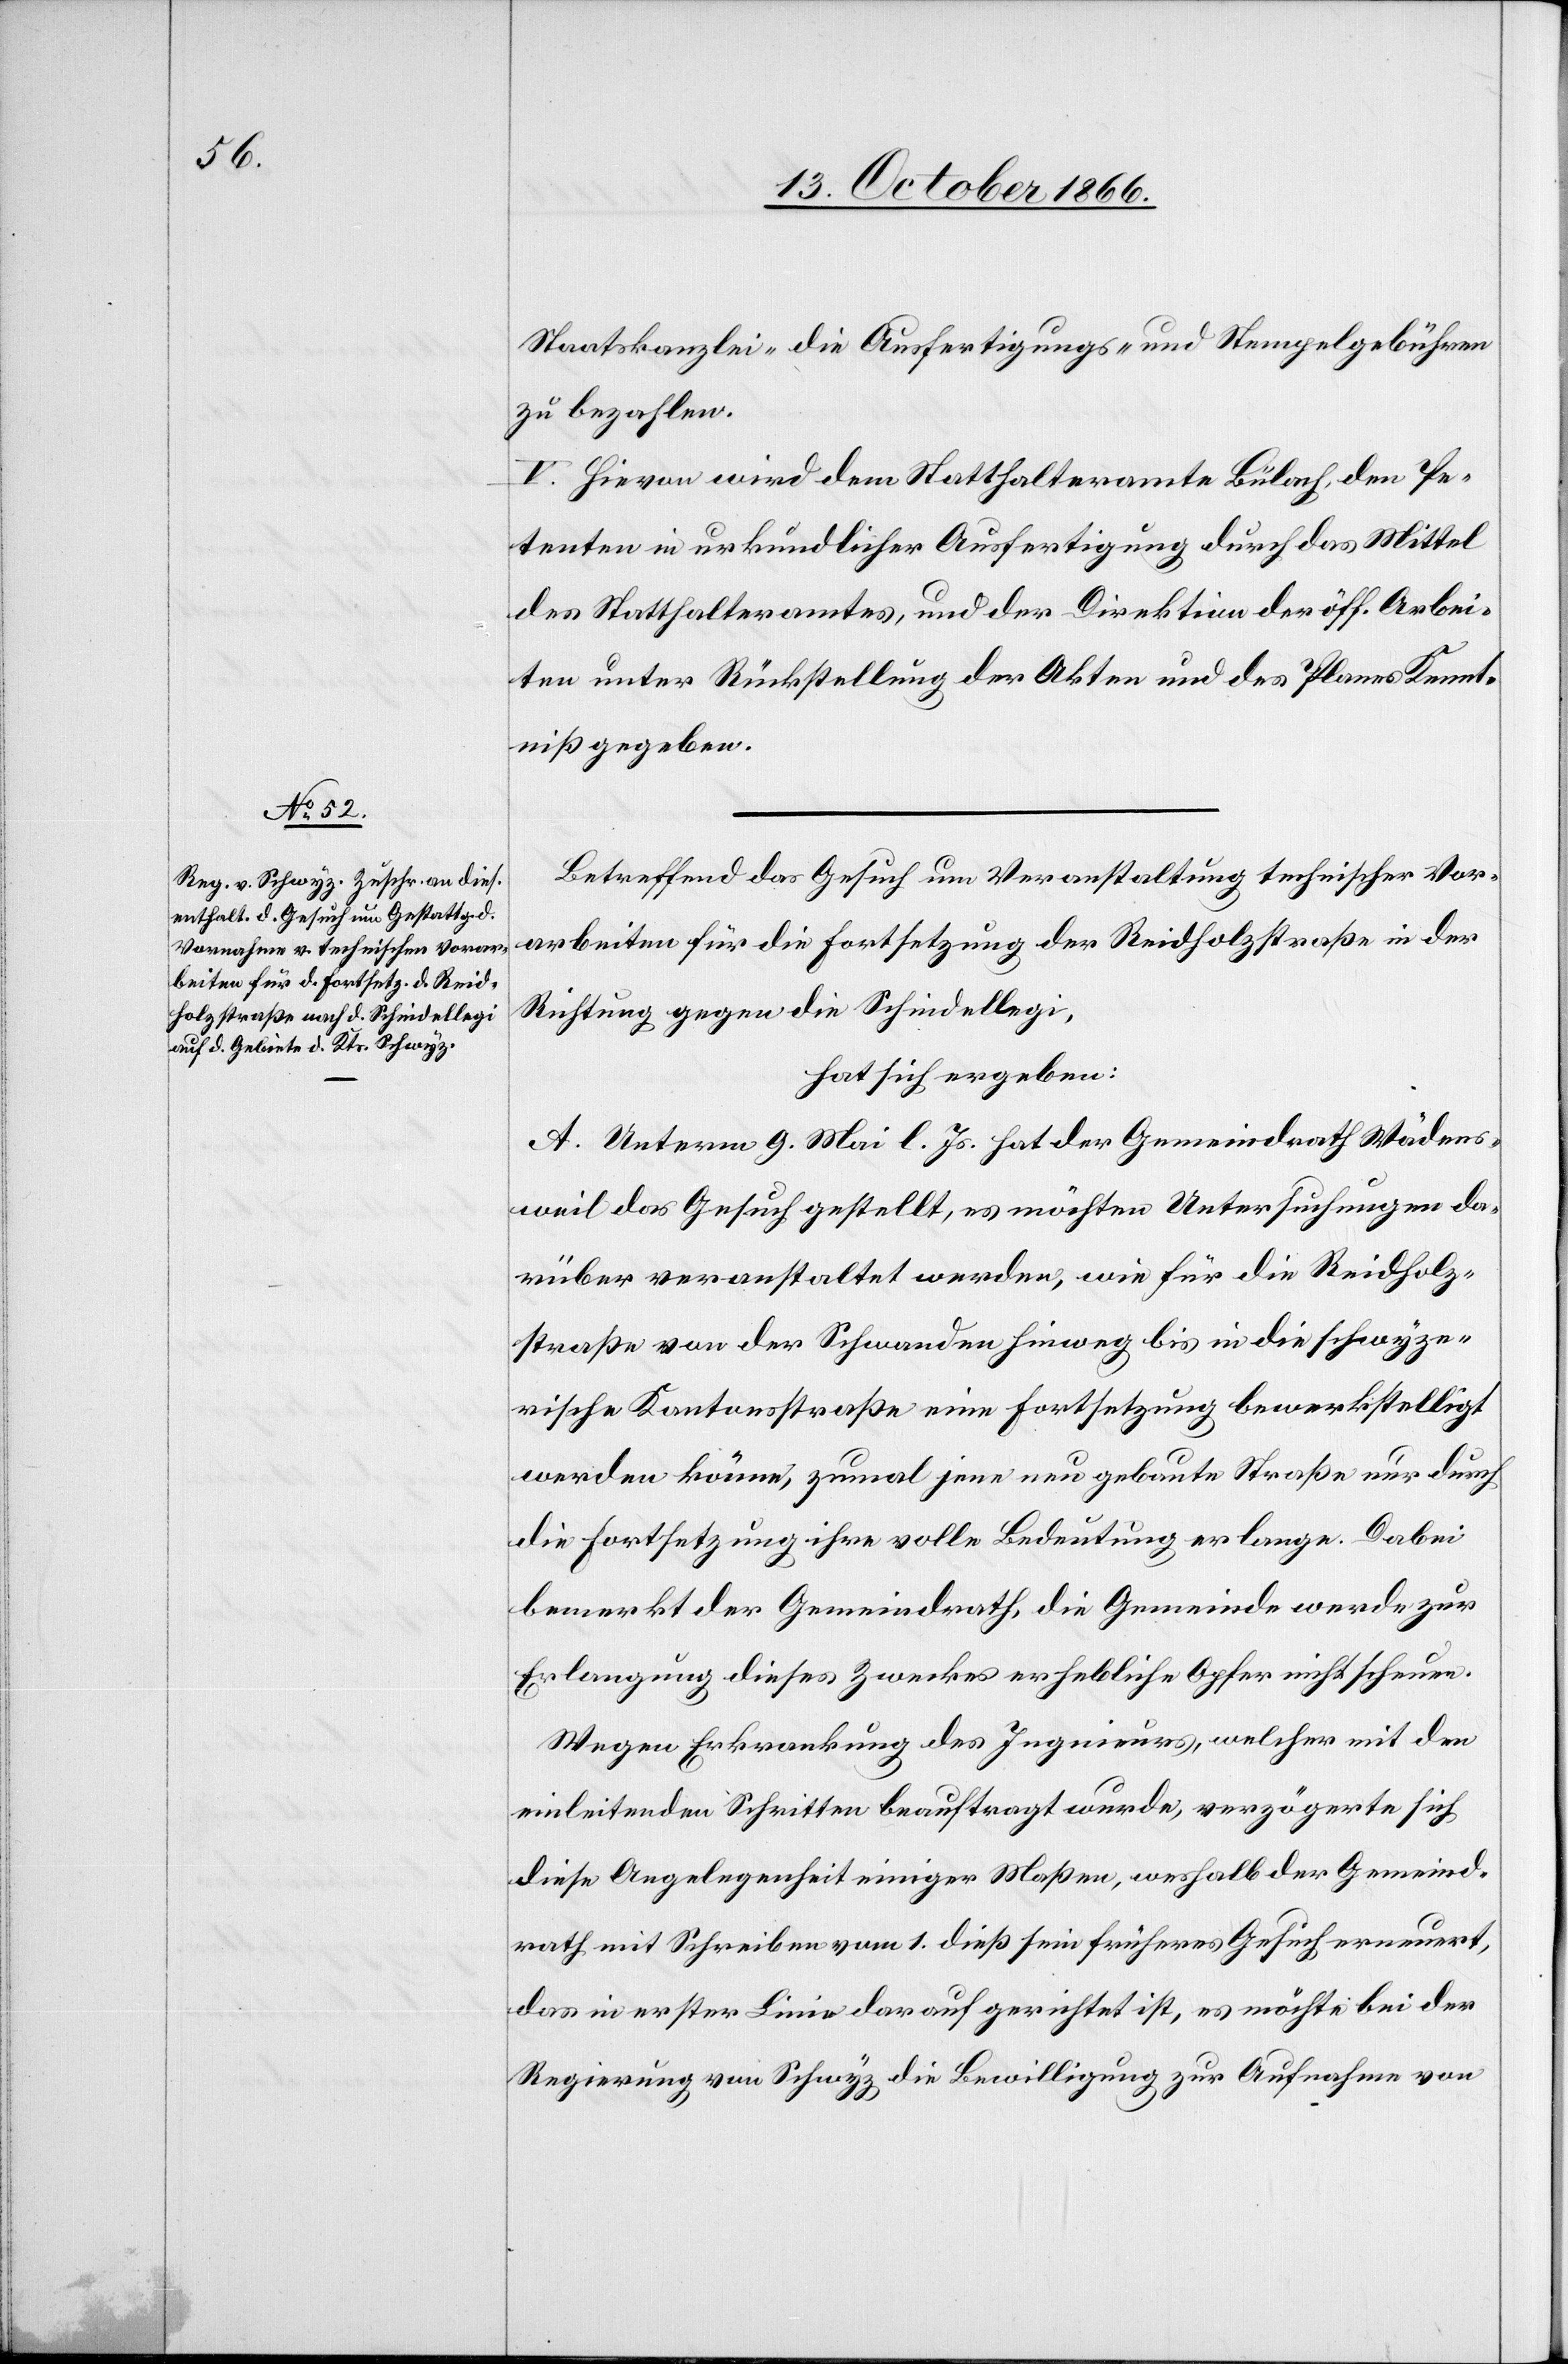
Staatskanzlei die Ausfertigungs- und Stempelgebühren
zu bezahlen.
V. Hievon wird dem Statthalteramte Bülach, den Pe¬
tenten in urkundlicher Ausfertigung durch das Mittel
des Statthalteramtes, und der Direktion der öff. Arbei¬
ten unter Rückstellung der Akten und des Planes Kennt¬
niß gegeben.
Betreffend das Gesuch um Veranstaltung technischer Vor¬
arbeiten für die Fortsetzung der Reidholzstraße in der
Richtung gegen die Schindellegi,
hat sich ergeben:
A. Unterm 9. Mai l. Js. hat der Gemeindrath Wädens¬
weil das Gesuch gestellt, es möchten Untersuchungen da¬
rüber veranstaltet werden, wie für die Reidholz¬
straße von der Schwanden hinweg bis in die schwyze¬
rische Kantonsstraße eine Fortsetzung bewerkstelligt
werden könne, zumal jene neu gebaute Straße nur durch
die Fortsetzung ihre volle Bedeutung erlange. Dabei
bemerkt der Gemeindrath, die Gemeinde werde zur
Erlangung dieses Zweckes erhebliche Opfer nicht scheuen.
Wegen Erkrankung des Ingenieurs, welcher mit den
einleitenden Schritten beauftragt wurde, verzögerte sich
diese Angelegenheit einiger Maßen, weshalb der Gemeind¬
rath mit Schreiben vom 1. dieß sein früheres Gesuch erneuert,
das in erster Linie darauf gerichtet ist, es möchte bei der
Regierung von Schwyz die Bewilligung zur Aufnahme von